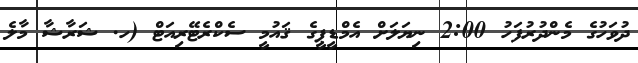
ދުވަހުގެ މެންދުރުފަހު 2:00 ނިޔަލަށް އެމްޑީޕީގެ ޤައުމީ ސެކްރެޓޭރިއަޓް (ހ. ޝަރާޝާ މާލެ